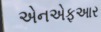
એનએફઆર